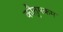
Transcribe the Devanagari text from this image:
कौतुमकम